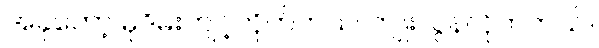
အခုတော့ မုဒိမ်းကျင့်လိုက်တယ်၊ ကျူးလွန်လိုက်တယ်။